Report on sanitation, dispensaries, and jails in Rajputana for 1913, and on vaccination for the year 1913-1914 - 1913-1914
Year: 1913
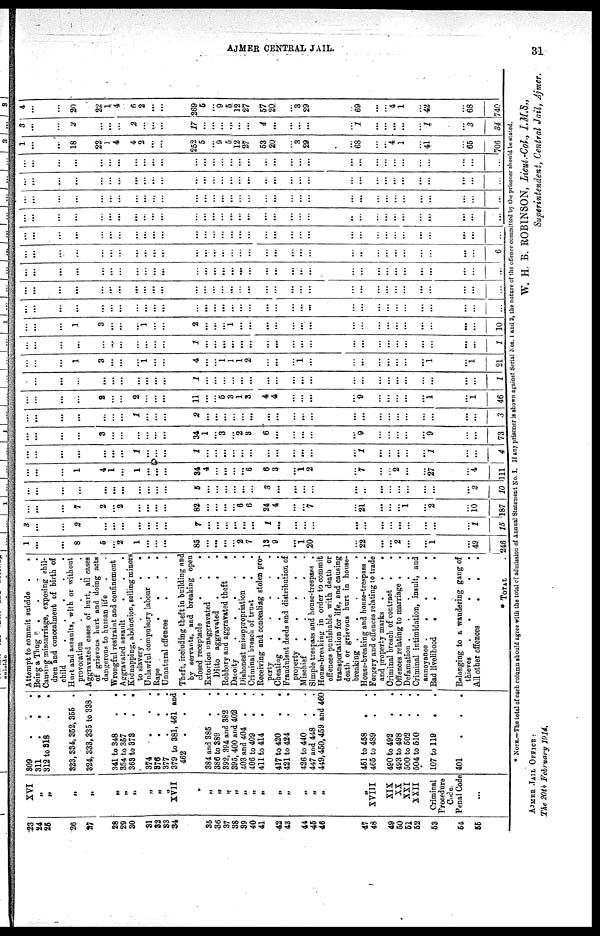
AJMER CENTRAL JAIL.
31
23
24
26
26
27
28
29
30
31
32
33
34
35
36
37
38
39
40
41
42
43
44
45
46
47
48
49
50
51
52
53
54
56
XVI
„
„
„
„
„
„
„
„
„
„
XVII
„
„
„
„
„
„
„
„
„
„
„
„
„
XVIII
XIX
XX
XXI
XXII
Criminal
Procedure
Code.
Penal Code
...
309
.
.
.
311
.
.
.
312 to 318
. .
323,334,352, 355 .
324,333,335 to 338 .
341 to 348 . .
354 to 357 . .
363 to 373 . .
374
.
.
.
376
.
.
.
377
.
.
.
379 to 381, 461 and
462
.
.
.
381 and 385 . .
386 to 389 . .
392, 394 and 382 .
395, 400 and 402 .
403 and 404 . .
406 to 409 . .
411 to 414 . .
417 to 420 . .
421 to 424 . .
426 to 440
447 and 448 . .
449,450,459 and 460
451 to 458 . .
465 to 489 . .
490 to 492 . .
493 to 498 . .
500 to 502
504 to 510
107 to 119
.
.
401
.
.
.
Attempt to commit suicide .
.
Being a Thug
.
.
. .
Causing miscarriage, exposing chil-
dren and concealment of birth of
child
.
.
.
.
.
Hurt and assaults, with or without
provocation
. . . .
Aggravated cases of hurt, all cases
of grievous hurt and doing acts
dangerous to human life . .
Wrongful restraint and confinement
Aggravated assault . . .
Kidnapping, abduction, selling minors
to slavery .
.
.
.
.
Unlawful compulsory labour .
.
Rape
.
.
.
.
Unnatural offences
. . .
Theft, including theft in building and
by servants, and breaking open
closed receptacle
.
.
.
Extortion unaggravated
. .
Ditto aggravated .
. .
Robbery and aggravated theft
.
Dacoity
.
.
.
.
.
Dishonest misappropriation . .
Criminal breach of trust
.
.
Receiving and concealing stolen pro-
perty
.
.
.
.
.
Cheating . . . . .
Fraudulent deeds and distribution of
property .
.
.
.
.
Mischief
.
.
.
.
.
Simple trespass and house-trespass .
House-breaking in order to commit
offences punishable with death or
transportation for life, and causing
death or grievous hurt in house-
breaking
.
.
.
.
.
House-breaking and house-trespass .
Forgery and offences relating to trade
and property marks .
.
.
Criminal breach of contract . .
Offences relating to marriage . .
Defamation .
.
.
.
.
Criminal intimidation, insult, and
annoyance
.
.
.
.
.
Bad livelihood
.
.
.
.
Belonging to a wandering gang of
thieves
.
.
.
.
.
All other offences
.
.
.
* TOTAL
1
...
...
8
5
...
2
1
...
...
...
85
...
...
...
...
2
7
13
9
...
1
20
...
22
...
...
2
...
...
1
...
49
246
3
...
...
2
...
...
...
...
...
...
...
7
...
...
...
...
...
...
1
...
...
...
...
...
...
...
...
...
...
...
...
...
1
15
...
...
...
7
2
...
2
...
...
...
...
82
...
...
...
...
6
6
24
4
...
...
7
...
21
...
...
...
1
...
2
...
10
187
...
...
...
...
...
...
...
...
...
...
...
5
...
...
...
...
...
...
3
...
...
...
...
...
...
...
...
...
...
...
...
...
2
10
...
...
...
1
4
1
...
1
...
...
...
34
4
...
...
...
...
6
6
3
...
1
2
...
7
...
...
2
...
...
27
...
4
111
...
...
...
...
...
...
...
1
...
...
...
1
...
...
...
...
...
...
...
...
...
...
...
...
1
...
...
...
...
...
1
...
...
4
...
...
...
...
3
...
...
...
...
...
...
34
1
...
3
...
2
3
6
...
...
...
...
...
9
...
...
...
...
...
9
...
...
73
...
...
...
...
...
...
...
1
...
...
...
2
...
...
...
...
...
...
...
...
...
...
...
...
...
...
...
...
...
...
...
...
...
3
...
...
...
...
2
...
...
2
...
...
...
11
...
...
5
3
1
3
...
4
...
...
...
...
9
...
...
...
...
...
1
...
1
46
...
...
...
...
...
...
...
...
...
...
...
1
...
...
...
...
...
...
...
...
...
...
...
...
...
...
...
...
...
...
...
...
...
1
...
...
...
1
3
...
...
...
1
...
...
4
...
...
1
1
1
2
...
...
...
1
...
...
...
...
...
...
...
...
1
...
1
21
...
...
...
...
...
...
...
...
...
...
...
1
...
...
...
...
...
...
...
...
...
...
...
...
...
...
...
...
...
...
...
...
...
1
...
...
...
1
3
...
...
...
1
...
...
2
...
...
...
1
...
...
...
...
...
...
...
...
...
...
...
...
...
...
...
...
...
10
...
...
...
...
...
...
...
...
...
...
...
...
...
...
...
...
...
...
...
...
...
...
...
...
...
...
...
...
...
...
...
...
...
...
...
...
...
...
...
...
...
...
...
...
...
...
...
...
...
...
...
...
...
...
...
...
...
...
...
...
...
...
...
...
...
...
...
...
...
...
...
...
...
...
...
...
...
...
...
...
...
...
...
...
...
...
...
...
...
...
...
...
...
...
...
...
...
...
...
...
...
...
...
...
...
...
...
...
...
...
...
...
...
...
...
...
...
...
...
...
...
...
...
...
...
...
...
...
...
...
...
...
...
...
...
6
...
...
...
...
...
...
...
...
...
...
...
...
...
...
...
...
...
...
...
...
...
...
...
...
...
...
...
...
...
...
...
...
...
...
...
...
...
...
...
...
...
...
...
...
...
...
...
...
...
...
...
...
...
...
...
...
...
...
...
...
...
...
...
...
...
...
...
. . .
...
...
...
...
...
...
...
...
...
...
...
...
...
...
...
...
...
...
...
...
...
...
...
...
...
...
...
...
...
...
...
...
...
. . .
...
...
...
...
...
...
...
...
...
...
...
...
...
...
...
...
...
...
...
...
...
...
...
...
...
...
...
...
...
...
...
...
...
...
...
...
...
...
...
...
...
...
...
...
...
...
...
...
...
...
...
...
...
...
...
...
...
...
...
...
...
...
...
...
...
...
...
...
1
...
...
18
22
1
4
4
2
...
...
252
5
...
9
5
12
27
53
20
...
3
29
...
68
...
...
4
1
...
41
...
65
706
3
...
...
2
...
...
...
2
...
...
...
17
...
...
...
...
...
...
4
...
...
...
...
...
1
...
...
...
...
...
1
...
3
34
4
...
...
20
22
1
4
6
2
...
...
269
5
...
9
5
12
27
57
20
...
3
29
...
69
...
...
4
1
...
42
...
68
740
* NOTE.—The total of each column should agree with the total of admission of Annual Statement No. I. If any prisoner is shown against Serial Nos. 1 and 2, the nature of the offence committed by the prisoner should he stated.
W. H. B. ROBINSON, Lieut.-Col., I.M.S.,
Superintendent, Central Jail, Ajmer.
AJMER JAIL OFFICE :
The 20th February 1914.